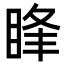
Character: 䀱